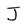
Character: J